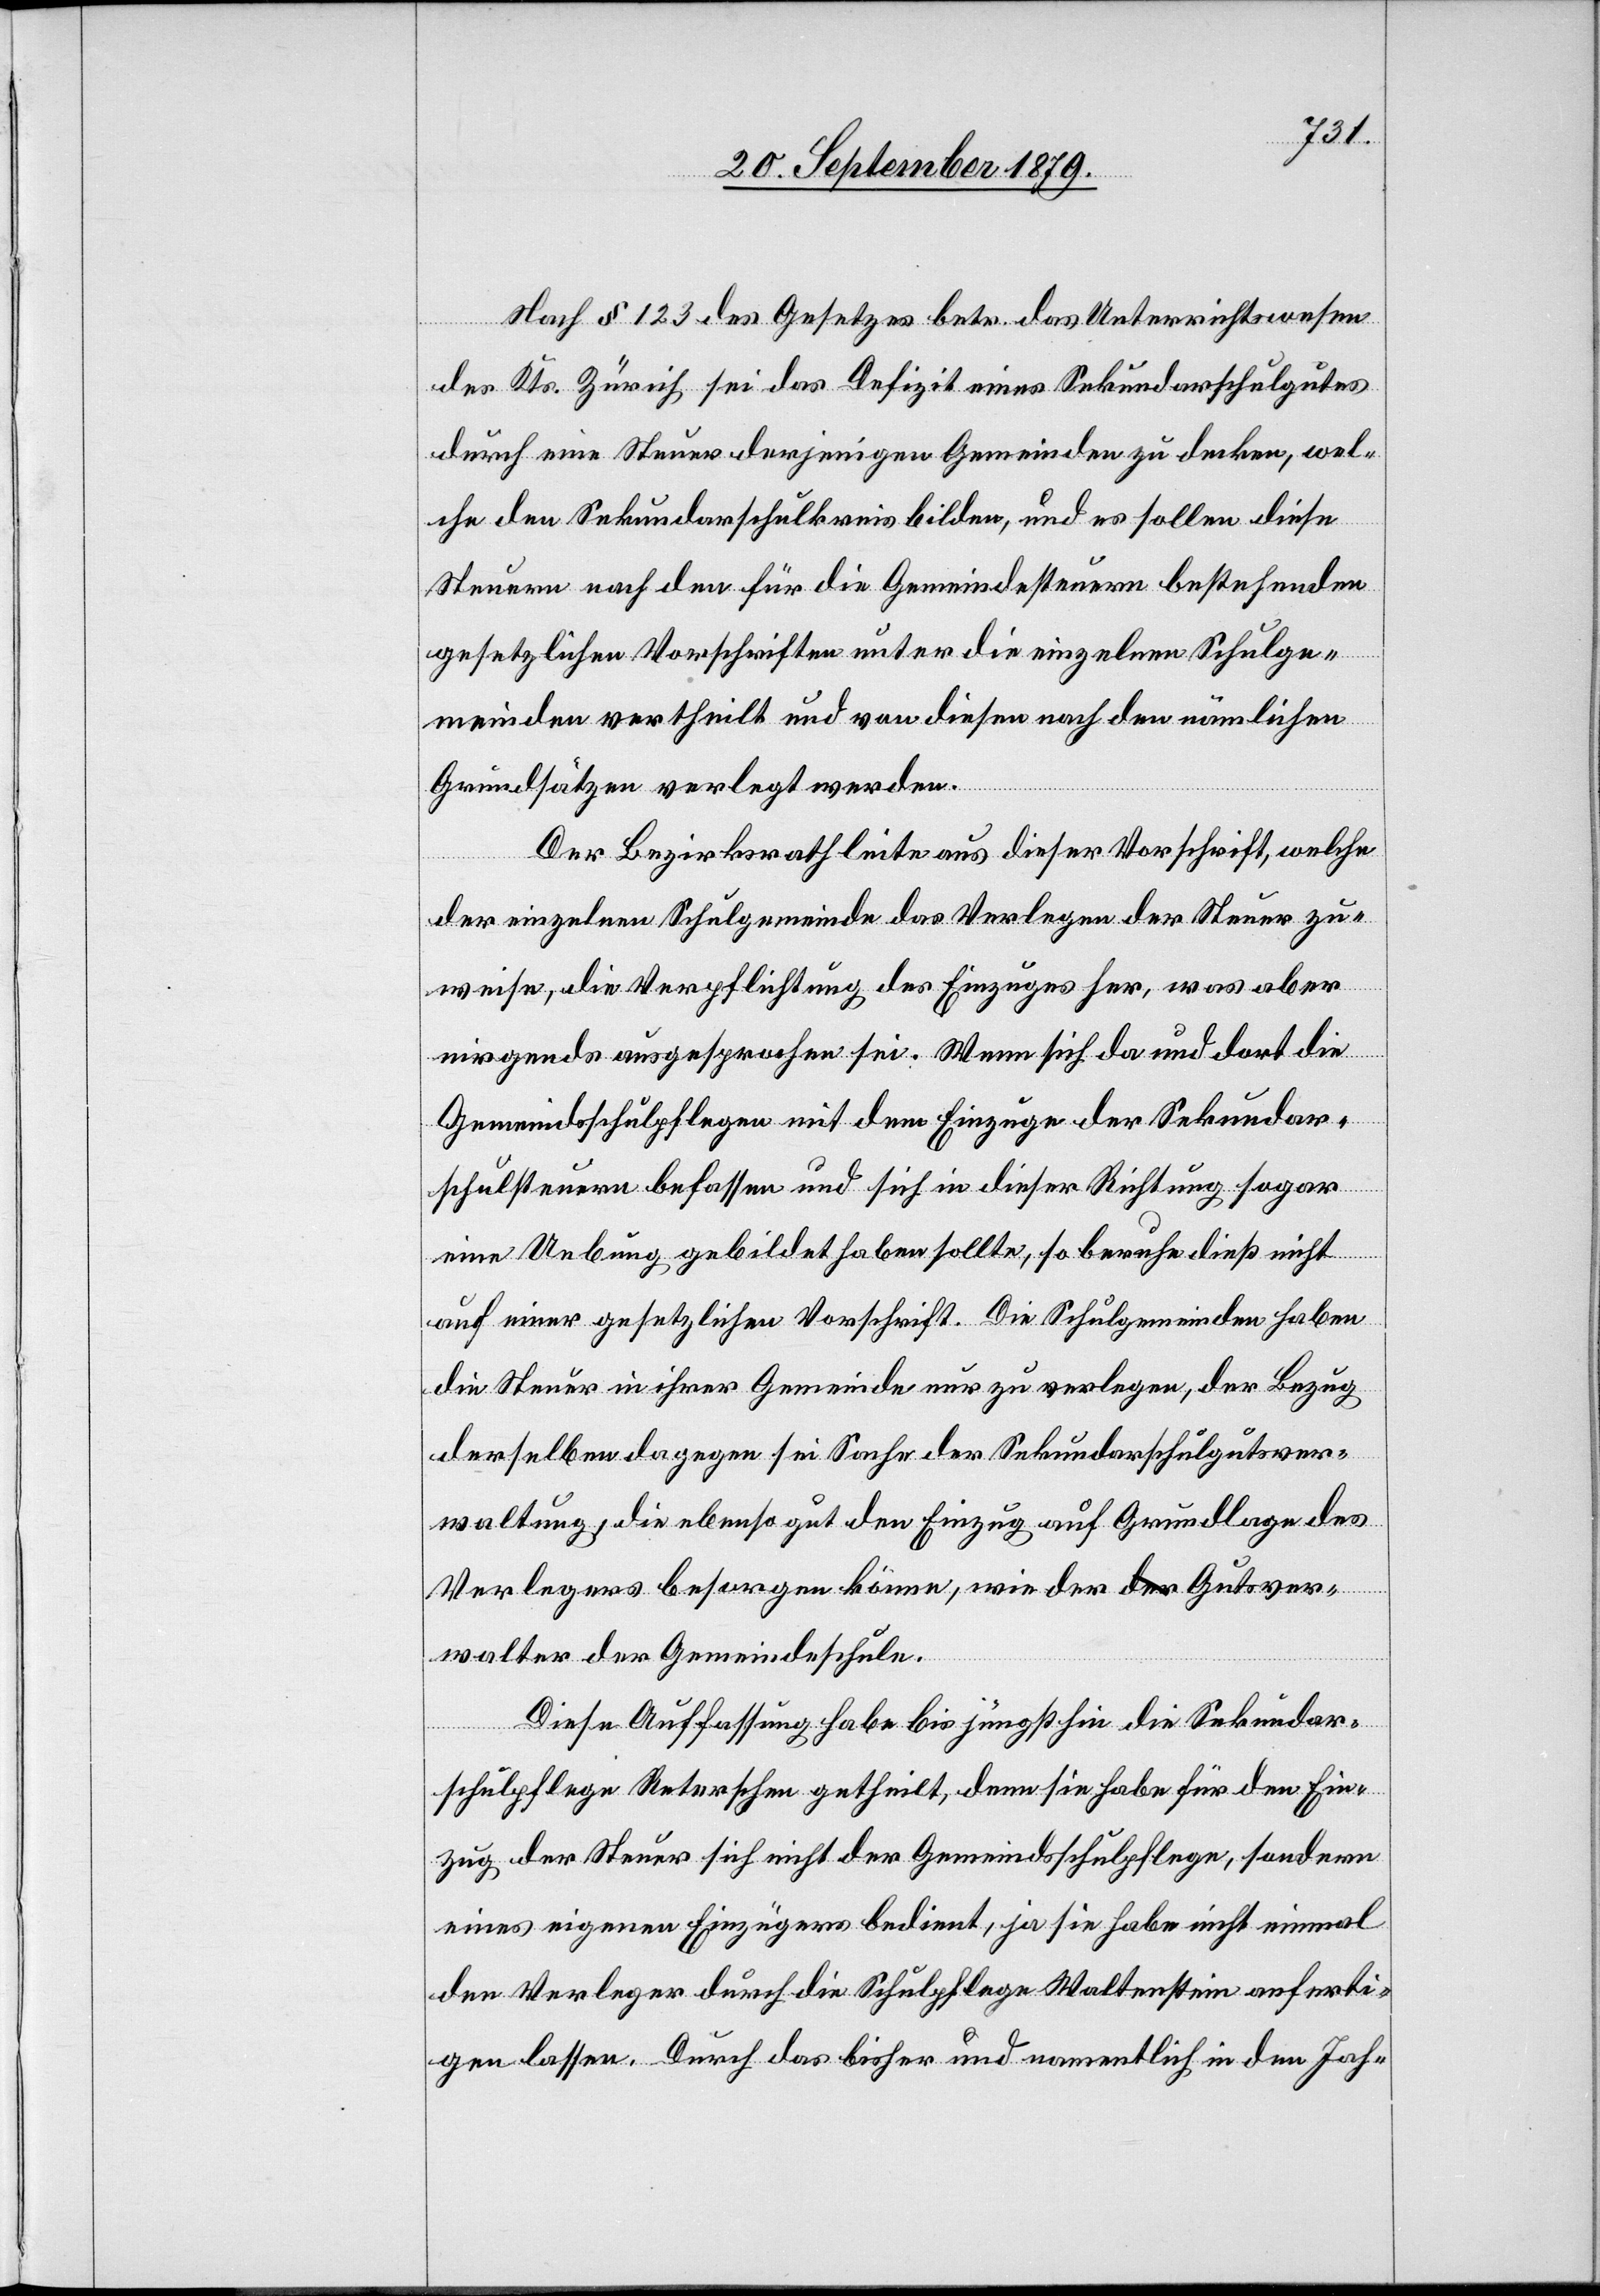
Nach § 123 des Gesetzes betr. das Unterrichtswesen
des Kts. Zürich, sei das Defizit eines Sekundarschulgutes
durch eine Steuer derjenigen Gemeinden zu decken, wel¬
che den Sekundarschulkreis bilden, und es sollen diese
Steuern nach den für die Gemeindesteuern bestehenden
gesetzlichen Vorschriften unter die einzelnen Schulge¬
meinden vertheilt und von diesen nach den nämlichen
Grundsätzen verlegt werden.
Der Bezirksrath leite aus dieser Vorschrift, welche
der einzelnen Schulgemeinde das Verlegen der Steuer zu¬
weise, die Verpflichtung des Einzuges her, was aber
nirgends ausgesprochen sei. Wenn sich da und dort die
Gemeindsschulpflegen mit dem Einzuge der Sekundar¬
schulsteuer befassen und sich in dieser Richtung sogar
eine Uebung gebildet haben sollte, so beruhe dieß nicht
auf einer gesetzlichen Vorschrift. Die Schulgemeinden haben
die Steuer in ihrer Gemeinde nur zu verlegen, der Bezug
derselben dagegen sei Sache der Sekundarschulgutsver¬
waltung, die ebenso gut den Einzug auf Grundlage des
Verlegers besorgen könne, wie der Gutsver¬
walter der Gemeindeschule.
Diese Auffassung habe bis jüngsthin die Sekundar¬
schulpflege Reterschen getheilt, denn sie habe für den Ein¬
zug der Steuer sich nicht der Gemeindsschulpflege, sondern
eines eigenen Einzügers bedient, ja sie habe nicht einmal
den Verleger durch die Schulpflege Waltenstein anferti¬
gen lassen. Durch das bisher und namentlich in den Jah-